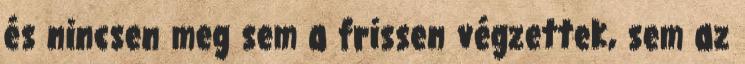
és nincsen meg sem a frissen végzettek, sem az